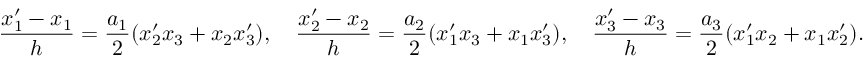
\frac { x _ { 1 } ^ { \prime } - x _ { 1 } } { h } = \frac { a _ { 1 } } { 2 } ( x _ { 2 } ^ { \prime } x _ { 3 } + x _ { 2 } x _ { 3 } ^ { \prime } ) , \quad \frac { x _ { 2 } ^ { \prime } - x _ { 2 } } { h } = \frac { a _ { 2 } } { 2 } ( x _ { 1 } ^ { \prime } x _ { 3 } + x _ { 1 } x _ { 3 } ^ { \prime } ) , \quad \frac { x _ { 3 } ^ { \prime } - x _ { 3 } } { h } = \frac { a _ { 3 } } { 2 } ( x _ { 1 } ^ { \prime } x _ { 2 } + x _ { 1 } x _ { 2 } ^ { \prime } ) .